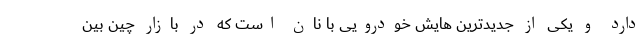
دارد و یکی از جدیدترین هایش خودرویی با نان است که در بازار چین بین